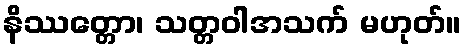
နိဿတ္တော၊ သတ္တဝါအသက် မဟုတ်။